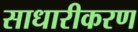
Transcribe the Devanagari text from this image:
साधारीकरण